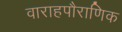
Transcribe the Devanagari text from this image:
वाराहपौराणिक